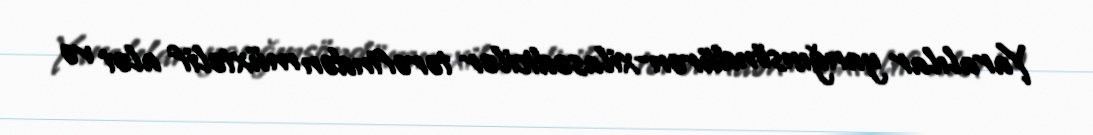
Yaralılar yanğınsöndürən-xilasedicilər tərəfindən müxtəlif alət və